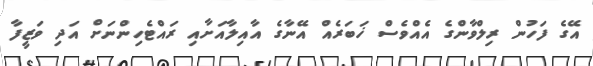
އޭގެ ފަހުން ރިލްވާންގެ އެއްވެސް ޚަބަރެއް އޭނާގެ އާއިލާއަށާއި ރައްޓެހިންނަށް އަދި ވަޒީފާ